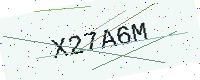
Text: X27A6M